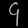
Digit: ၄